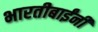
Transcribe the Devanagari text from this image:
भारतीबाईंनी